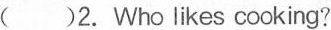
( )2. Who likes cooking?